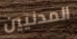
المدنيين